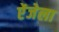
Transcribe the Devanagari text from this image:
ऐंजेला